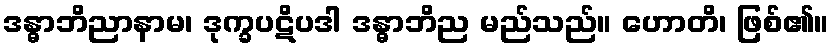
ဒန္ဓာဘိညာနာမ၊ ဒုက္ခပဋိပဒါ ဒန္ဓာဘိည မည်သည်။ ဟောတိ၊ ဖြစ်၏။